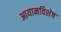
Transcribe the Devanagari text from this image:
आयामविशेष